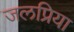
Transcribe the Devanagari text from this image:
जलप्रिया